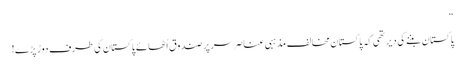
“
پاکستان بننے کی دیر تھی کہ پاکستان مخالف مذہبی عناصر سر پر صندوق اُٹھائے پاکستان کی طرف دوڑ پڑے!